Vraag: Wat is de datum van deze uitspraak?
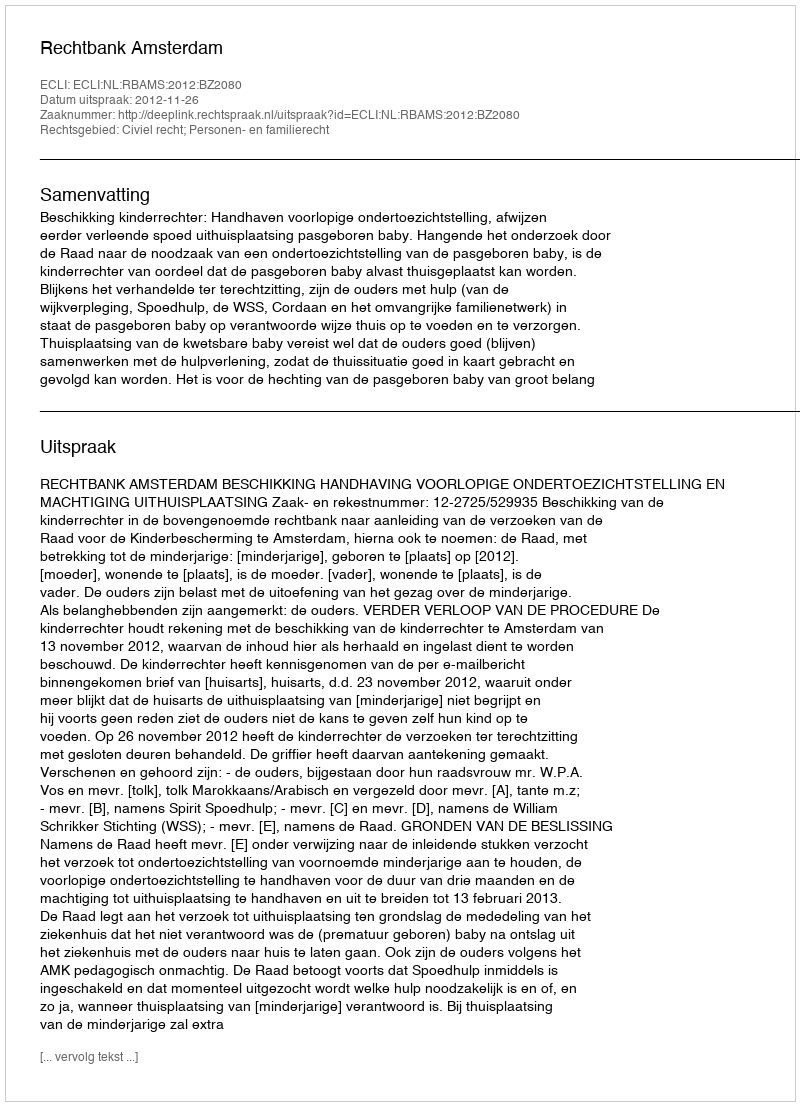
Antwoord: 2012-11-26